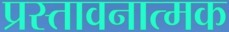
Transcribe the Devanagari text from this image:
प्रस्तावनात्मक